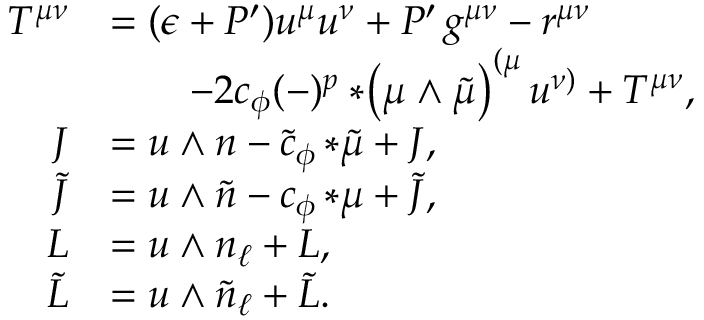
\begin{array} { r l } { T ^ { \mu \nu } } & { = ( \epsilon + P ^ { \prime } ) u ^ { \mu } u ^ { \nu } + P ^ { \prime } \, g ^ { \mu \nu } - r ^ { \mu \nu } } \\ & { \qquad - 2 c _ { \phi } ( - ) ^ { p } * \! \left( \mu \wedge \tilde { \mu } \right) ^ { ( \mu } u ^ { \nu ) } + { \cal T } ^ { \mu \nu } , } \\ { J } & { = u \wedge n - \tilde { c } _ { \phi } \, { * \tilde { \mu } } + { \cal J } , } \\ { \tilde { J } } & { = u \wedge \tilde { n } - c _ { \phi } \, { * \mu } + { \cal \tilde { J } } , } \\ { L } & { = u \wedge n _ { \ell } + { \cal L } , } \\ { \tilde { L } } & { = u \wedge \tilde { n } _ { \ell } + \tilde { \cal L } . } \end{array}